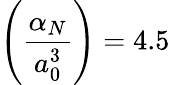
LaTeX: \left(\frac{\alpha_{N}}{a_{0}^{3}}\right)=4.5